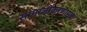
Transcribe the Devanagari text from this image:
सामाजीकरणामुळे